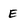
Character: E